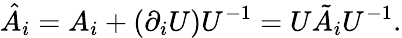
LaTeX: \hat{A}_{i}=A_{i}+(\partial_{i}U)U^{-1}=U\tilde{A}_{i}U^{-1}.